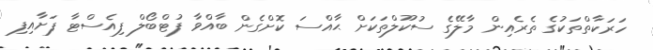
ހަރަކާތްތަކުގެ ތެރެއިން މާލޭގެ ސުކޫލްތަކަށް ޙާއްސަ ކޮށްގެން ބާއްވާ ފުޓްބޯލް ފިއެސްޓާ ފަށާއިފި